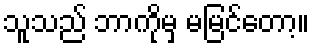
သူသည် ဘာကိုမှ မမြင်တော့။